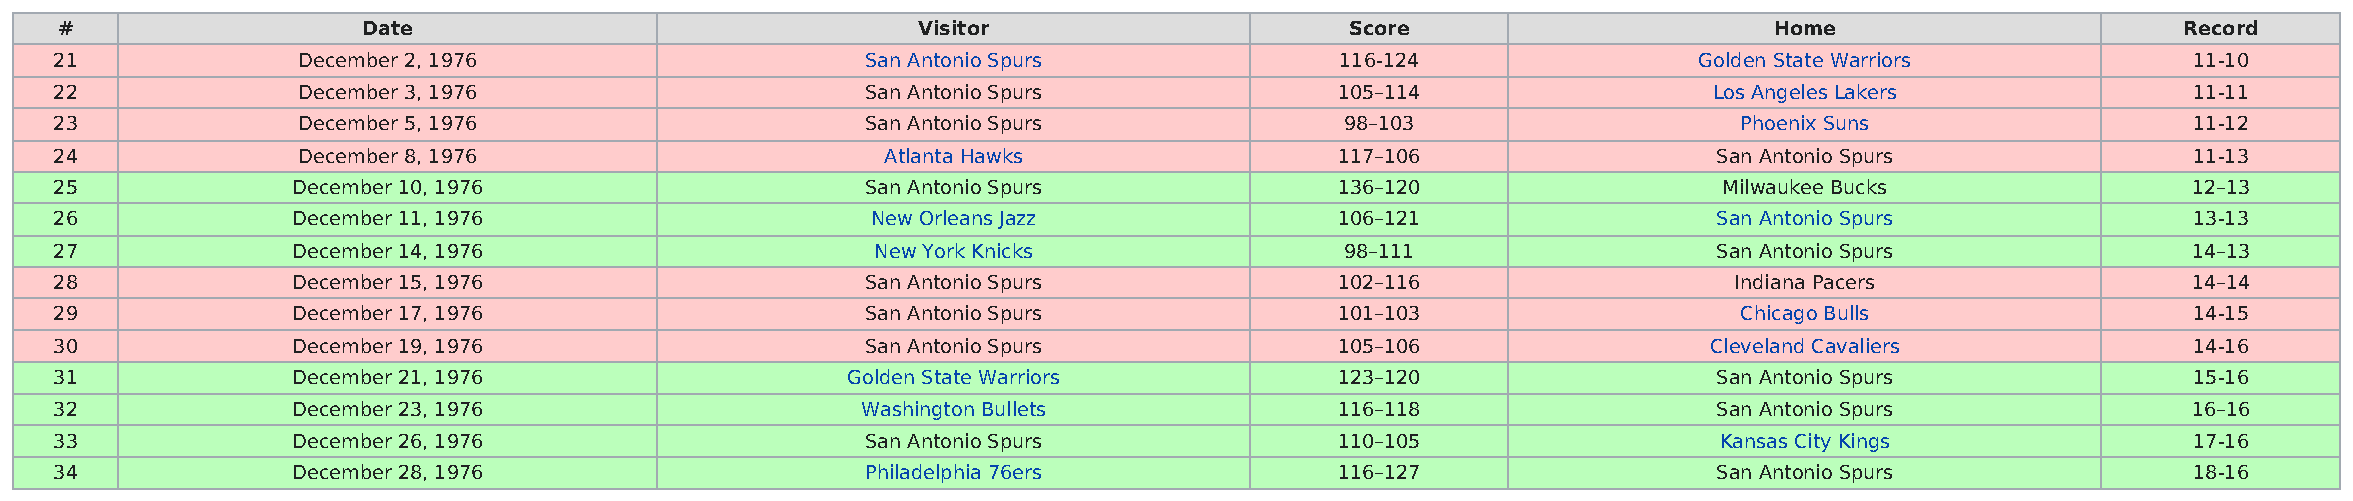
#                   Date                                 Visitor                     Score                       Home                       Record
 21              December 2, 1976                     San Antonio Spurs               116-124                Golden State Warriors            11-10
 22              December 3, 1976                     San Antonio Spurs               105–114                 Los Angeles Lakers              11-11
 23              December 5, 1976                     San Antonio Spurs               98–103                    Phoenix Suns                  11-12
 24              December 8, 1976                       Atlanta Hawks                 117–106                  San Antonio Spurs              11-13
 25             December 10, 1976                     San Antonio Spurs               136–120                  Milwaukee Bucks                12–13
 26             December 11, 1976                      New Orleans Jazz               106–121                  San Antonio Spurs              13-13
 27             December 14, 1976                      New York Knicks                98–111                   San Antonio Spurs              14–13
 28             December 15, 1976                     San Antonio Spurs               102–116                   Indiana Pacers                14–14
 29             December 17, 1976                     San Antonio Spurs               101–103                   Chicago Bulls                 14-15
 30             December 19, 1976                     San Antonio Spurs               105–106                 Cleveland Cavaliers             14-16
 31             December 21, 1976                    Golden State Warriors            123–120                  San Antonio Spurs              15-16
 32             December 23, 1976                     Washington Bullets              116–118                  San Antonio Spurs              16–16
 33             December 26, 1976                     San Antonio Spurs               110–105                  Kansas City Kings              17-16
 34             December 28, 1976                     Philadelphia 76ers              116–127                  San Antonio Spurs              18-16